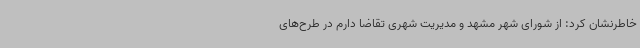
خاطرنشان کرد: از شورای شهر مشهد و مدیریت شهری تقاضا دارم در طرح‌های